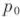
p_0